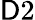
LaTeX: \mathsf{D}2